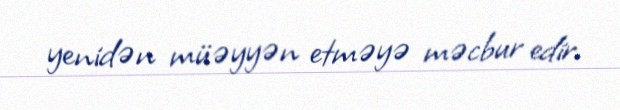
yenidən müəyyən etməyə məcbur edir.